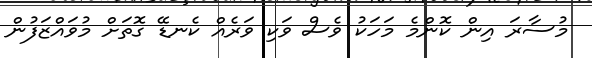
މުސާރަ އިން ކޮންމެ މަހަކު ވެސް ވަކި ވަރެއް ކެނޑޭ ގޮތަށް މުވައްޒަފުން